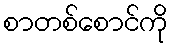
စာတစ်စောင်ကို